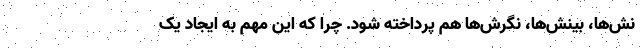
نش‌ها، بینش‌ها، نگرش‌ها هم پرداخته شود. چرا که این مهم به ایجاد یک